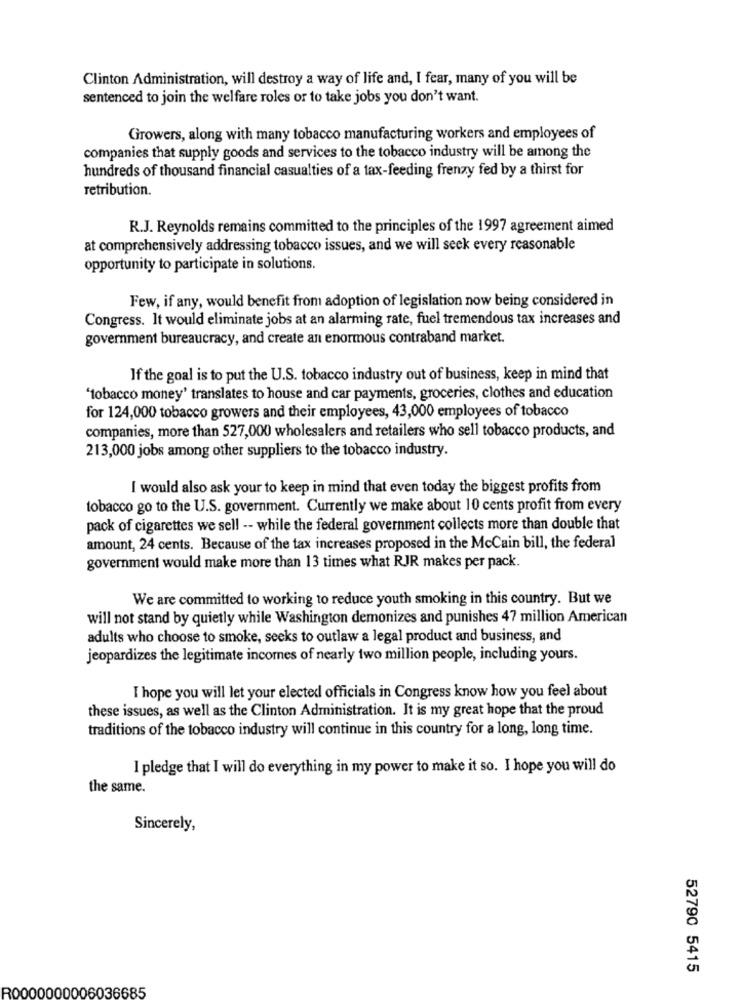
Clinton Administration, will destroy a way of life and, I fear, many of you will be
sentenced to join the welfare roles or to take jobs you don't want.
Growers, along with many tobacco manufacturing workers and employees of
companies that supply goods and services to the tobacco industry will be among the
hundreds of thousand financial casualties of a tax-feeding frenzy fed by a thirst for
retribution.
R.J. Reynolds remains committed to the principles of the 1997 agreement aimed
at comprehensively addressing tobacco issues, and we will seek every reasonable
opportunity to participate in solutions.
Few, if any, would benefit from adoption of legislation now being considered in
Congress. It would eliminate jobs at an alarming rate, fuel tremendous tax increases and
government bureaucracy, and create an enormous contraband market.
If the goal is to put the U.S. tobacco industry out of business, keep in mind that
"tobacco money' translates to house and car payments, groceries, clothes and education
for 124,000 tobacco growers and their employees, 43,000 employees of tobacco
companies, more than 527,000 wholesalers and retailers who sell tobacco products, and
213,000 jobs among other suppliers to the tobacco industry.
I would also ask your to keep in mind that even today the biggest profits from
tobacco go to the U.S. government. Currently we make about 10 cents profit from every
pack of cigarettes we sell -- while the federal government collects more than double that
amount, 24 cents. Because of the tax increases proposed in the McCain bill, the federal
government would make more than 13 times what RJR makes per pack.
We are committed to working to reduce youth smoking in this country. But we
will not stand by quietly while Washington demonizes and punishes 47 million American
adults who choose to smoke, seeks to outlaw a legal product and business, and
jeopardizes the legitimate incomes of nearly two million people, including yours.
I hope you will let your elected officials in Congress know how you feel about
these issues, as well as the Clinton Administration. It is my great hope that the proud
traditions of the tobacco industry will continue in this country for a long, long time.
I pledge that I will do everything in my power to make it so. I hope you will do
the same.
Sincerely,
52790 5415
R0000000006036685